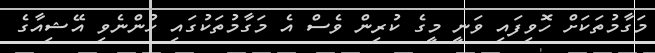
މަގާމުތަކަށް ހޮވިފައި ވަނީ މީގެ ކުރިން ވެސް އެ މަގާމުތަކުގައި ހުންނެވި އޭޝިއާގެ